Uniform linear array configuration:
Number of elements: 24
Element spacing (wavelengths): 0.25
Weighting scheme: binomial
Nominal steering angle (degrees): -30
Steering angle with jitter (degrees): -31.307
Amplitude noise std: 0.05
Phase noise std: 0.05

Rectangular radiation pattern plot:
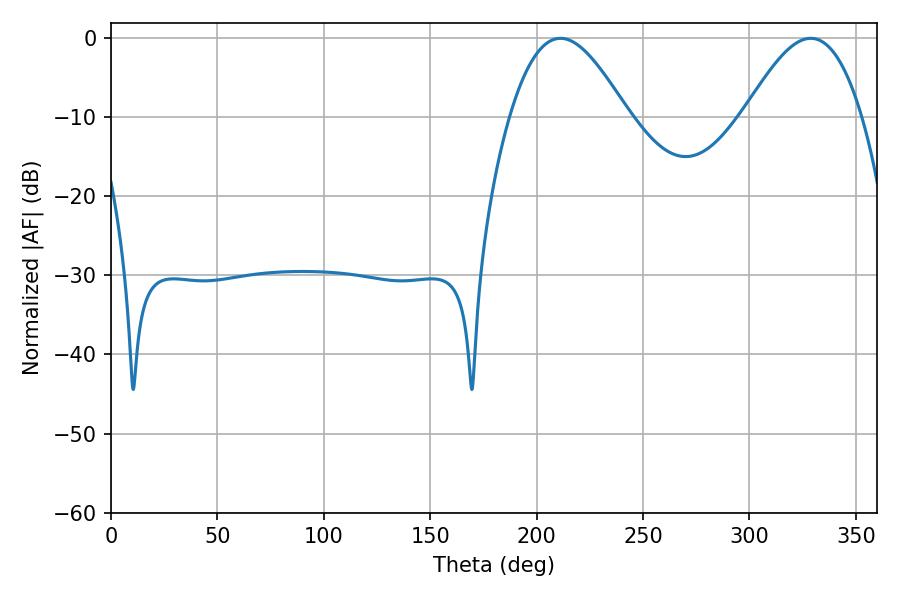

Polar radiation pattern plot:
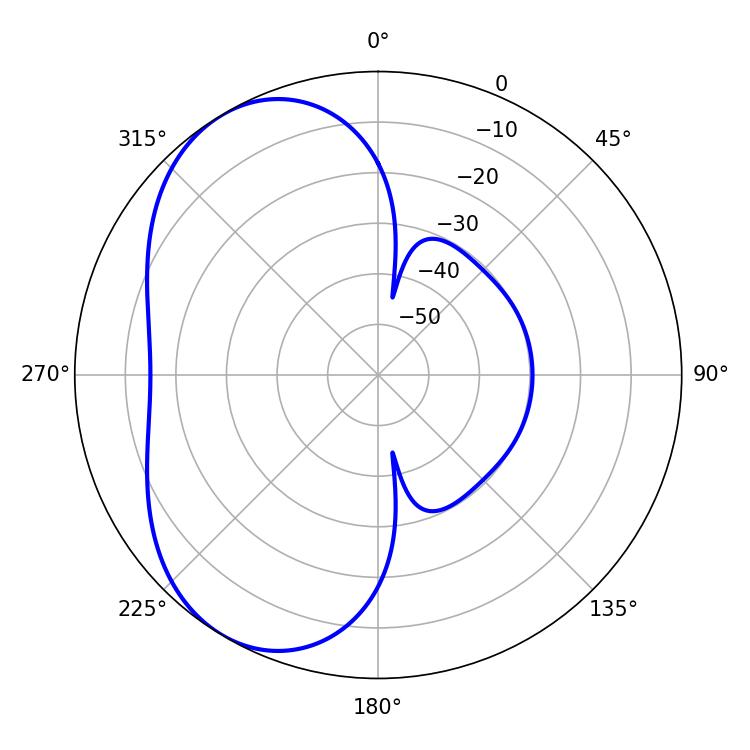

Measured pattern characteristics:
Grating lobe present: FALSE
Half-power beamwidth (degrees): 29.88
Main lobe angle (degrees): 211.14